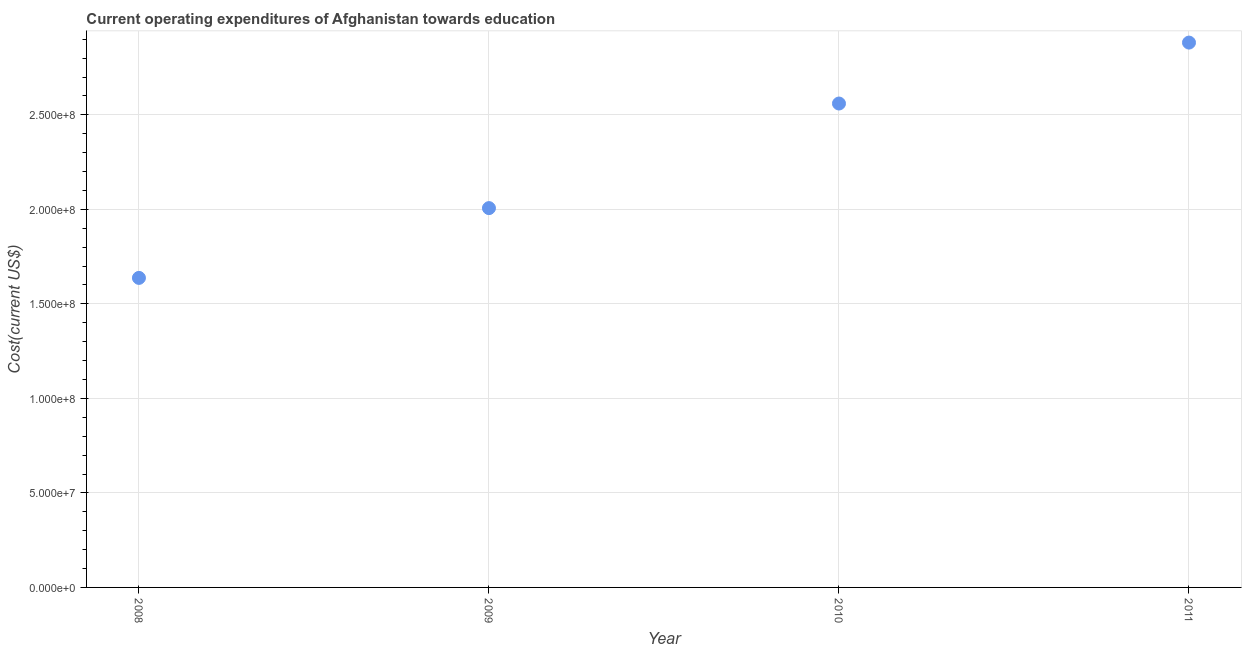
| Year | Education expenditure |
 | --- | --- |
 | 2008 | 1.64e+08 |
 | 2009 | 2.01e+08 |
 | 2010 | 2.56e+08 |
 | 2011 | 2.88e+08 |